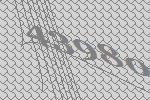
43980